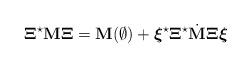
LaTeX: \begin{align*}\boldsymbol{\Xi}^\star\mathbf{M}\boldsymbol{\Xi}=\mathbf{M}(\emptyset)+\boldsymbol{\xi}^\star \boldsymbol{\Xi}^\star\dot{\mathbf{M}}\boldsymbol{\Xi} \boldsymbol{\xi}\end{align*}